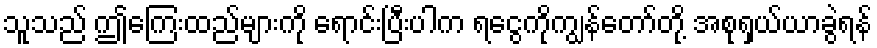
သူသည် ဤကြေးထည်များကို ရောင်းပြီးပါက ရငွေကိုကျွန်တော်တို့ အစုရှယ်ယာခွဲရန်